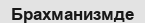
Брахманизмде